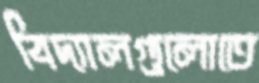
বিদ্যালগুলোতে